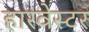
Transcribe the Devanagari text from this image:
हारवेस्टर